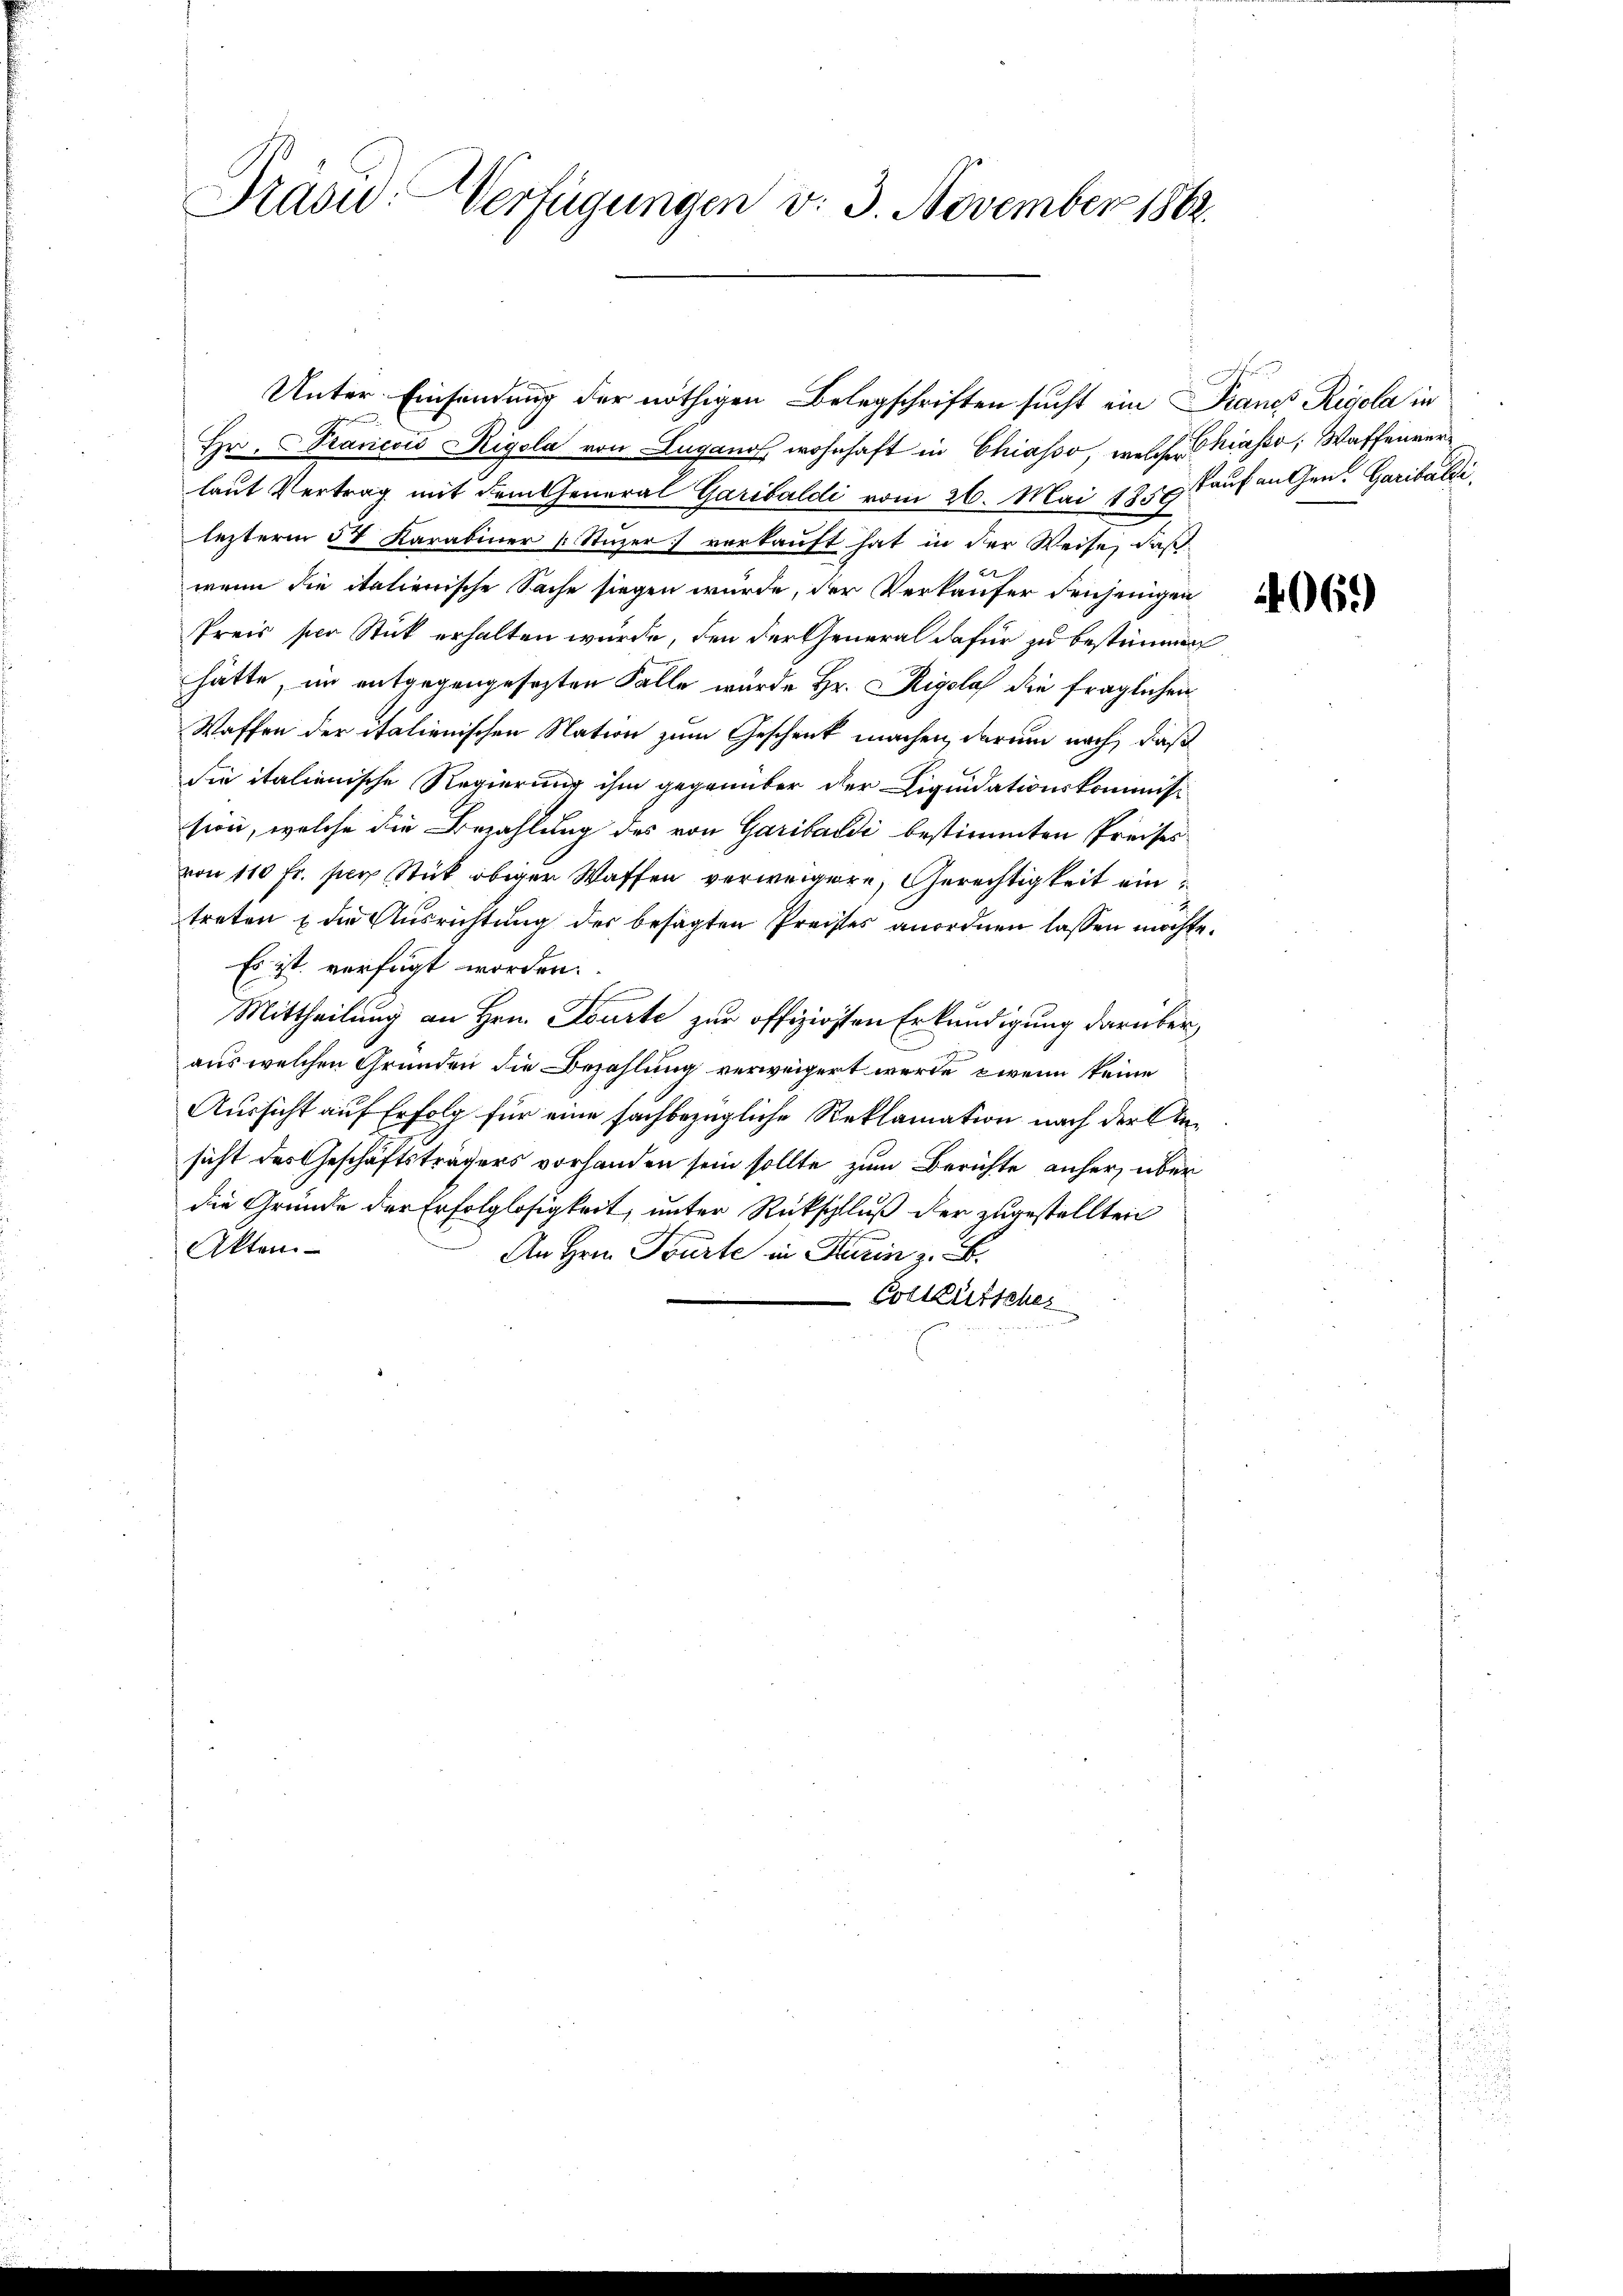
Hr. Prancois Rigola von Luganos, wohnhaft in Chiasso, welches hiasso; Waffenverlaut Vertrag mit dem General Garibaldi vom 26. Mai 1857 Kauf angen. Garibaldi
lezterm 5. Karabiner [Stüzer) verkauft hat in der Weise, daß
wenn die italienische Sache siegen würde, der Verkäufer denjenigen
Preis per Stück erhalten wurde, den der General dafür zu bestimmen
hätte, im entgegengesezten Falle wurde Hr. Rigolas die fraglichen
Waffen der italienischen Nation zum Geschenk machen, darum nach, daß
sie italienische Regierung ihm gegenüber der Liquidationskommission, welche die Bezahlung des von Garibaldi bestimmten Preises
von 110 fr. per Stück obiger Waffen verweigere, Gerechtigkeit ein
treten & die Ausrichtung der besagten Preises anordnen lassen möchte.
Es ist verfügt worden.
n
Mittheilung an Hrn. Tourte zur offizigsten Erkundigung darüber,
aus welchen Gründen die Bezahlung verweigert werde zwei keine
Aussicht auf Erfolg für eine sachbezügliche Reklamation nach der Ansicht des Geschäftsträgers vorhanden sein sollte zum Berichte anher über
die Gründe der Erfolglosigkeit, unter Rückschluß der zugestellten
Akten
An Herrn Parte in Harin z. B.
Cotleütscher

Präsid. Verfügungen v. 3. November 1862.

Unter Einsendung der nöthigen Belegschriften sucht ein Francs Rigola in

069)